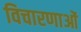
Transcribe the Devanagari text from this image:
विचारणाओं